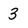
Character: 3